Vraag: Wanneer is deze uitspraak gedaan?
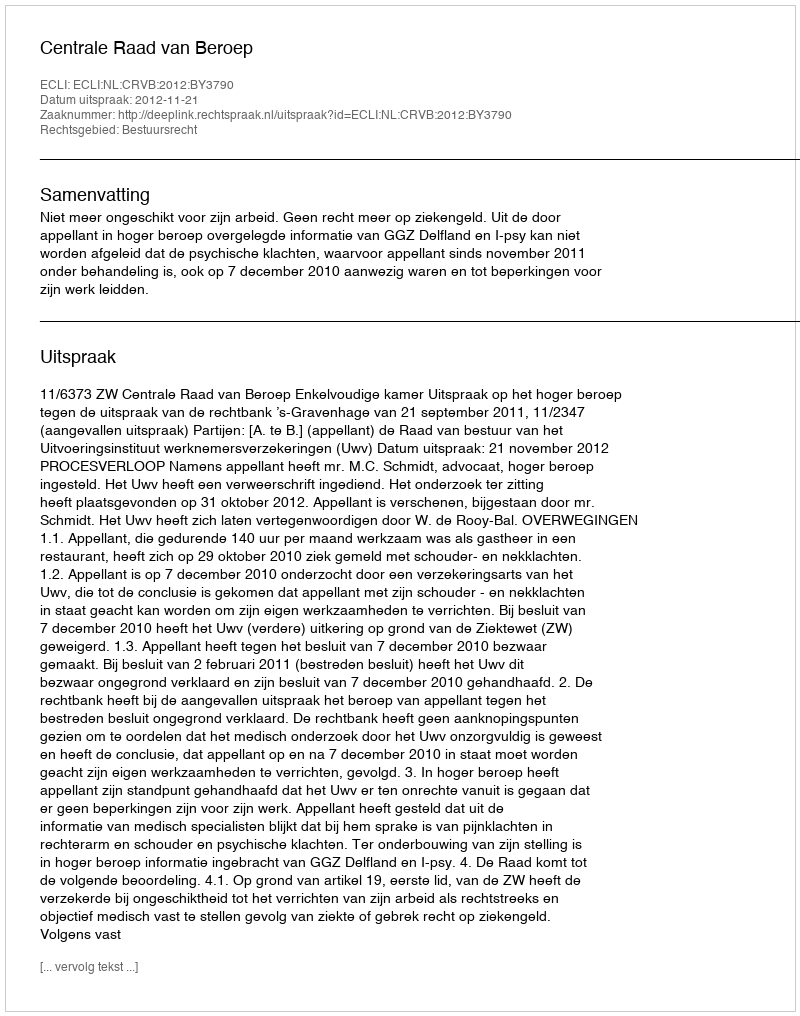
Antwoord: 2012-11-21